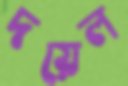
দয়েল